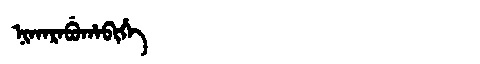
Manchu: ᠨᡳᡴᠠᡵᠠᠪᡠᡥᠠᠪᡳᡥᡝ
Romanization: NIKARABUHABIHE